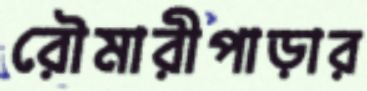
রৌমারীপাড়ার